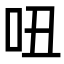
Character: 吜